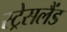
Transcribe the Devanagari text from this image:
स्ट्रेसलैंड